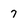
Character: 7